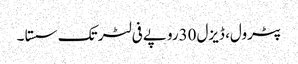
﻿ پٹرول، ڈیزل30روپے فی لٹر تک سستا ۔